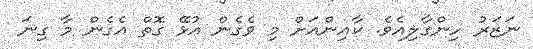
ނަޒަރު ހިންގާލިއެވެ. ކާއިންއަށް މި ވެގެން އުޅޭ ގޮތް އެގެން މާ ގިނަ